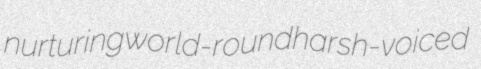
nurturing world-round harsh-voiced